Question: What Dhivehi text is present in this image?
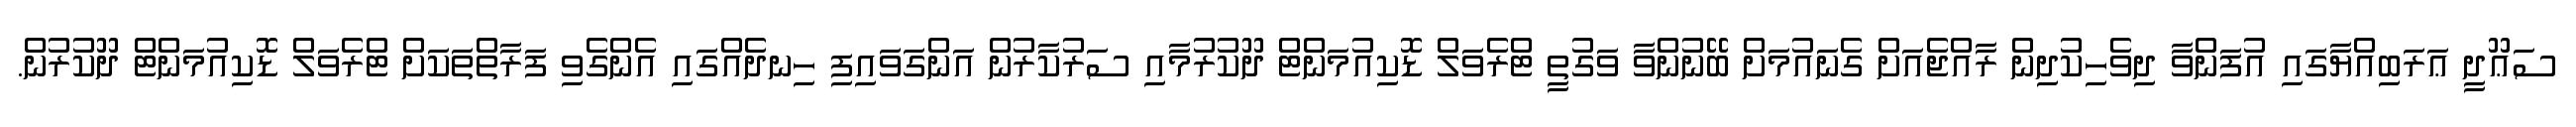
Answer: ސަޢޫދީ ޢަރަބިއްޔާގައި އުފަންވާ ދިވެހިކުދިން ރާއްޖެއަށް ގެނައުމަށް ބޭނުންވާ ވަގުތީ ޓްރެވަލް ޑޮކިއުމަންޓް ދޫކުރުމާއި ސަރުކާރުން އަންގަވައިފި ހިނދެއްގައި އެންގެވި ފަރާތްތަކަށް ޓްރެވަލް ޑޮކިއުމަންޓް ދޫކުރުން.